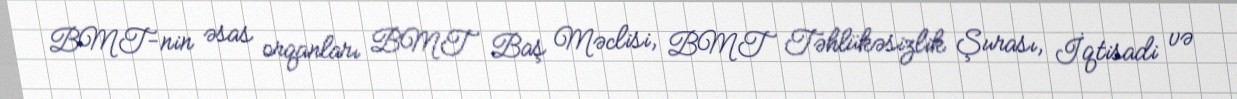
BMT-nin əsas orqanları BMT Baş Məclisi, BMT Təhlükəsizlik Şurası, İqtisadi və